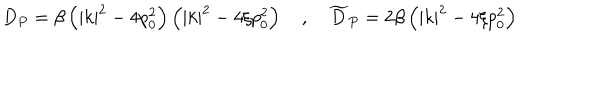
LaTeX: D _ { P } = \beta \left( \left| k \right| ^ { 2 } - 4 p _ { 0 } ^ { 2 } \right) \left( \left| k \right| ^ { 2 } - 4 \xi p _ { 0 } ^ { 2 } \right) \quad , \quad \widetilde { D } _ { P } = 2 \beta \left( \left| k \right| ^ { 2 } - 4 \xi p _ { 0 } ^ { 2 } \right)